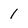
Character: l